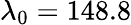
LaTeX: \lambda_{0}=148.8